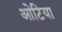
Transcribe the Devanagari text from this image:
ओटिया